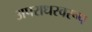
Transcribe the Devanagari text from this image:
अपराधस्वरूप